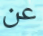
عن